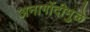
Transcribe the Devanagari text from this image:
अनागोंदीमुळे